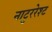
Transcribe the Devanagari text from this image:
नाटुररेश्ट